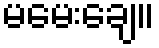
မမေးချေ။